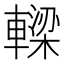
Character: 𨎛